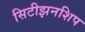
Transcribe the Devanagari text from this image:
सिटीझनशिप